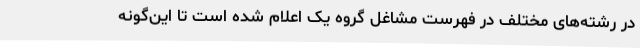
در رشته‌های مختلف در فهرست مشاغل گروه یک اعلام شده است تا این‌گونه